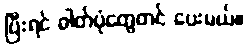
ပြီးရင် ဓါတ်ပုံတွေတင် ပေးမယ်။